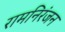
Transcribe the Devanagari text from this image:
रामनिरंजन